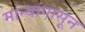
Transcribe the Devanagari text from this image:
मान्यांपासून